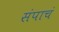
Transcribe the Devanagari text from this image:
संपाचं